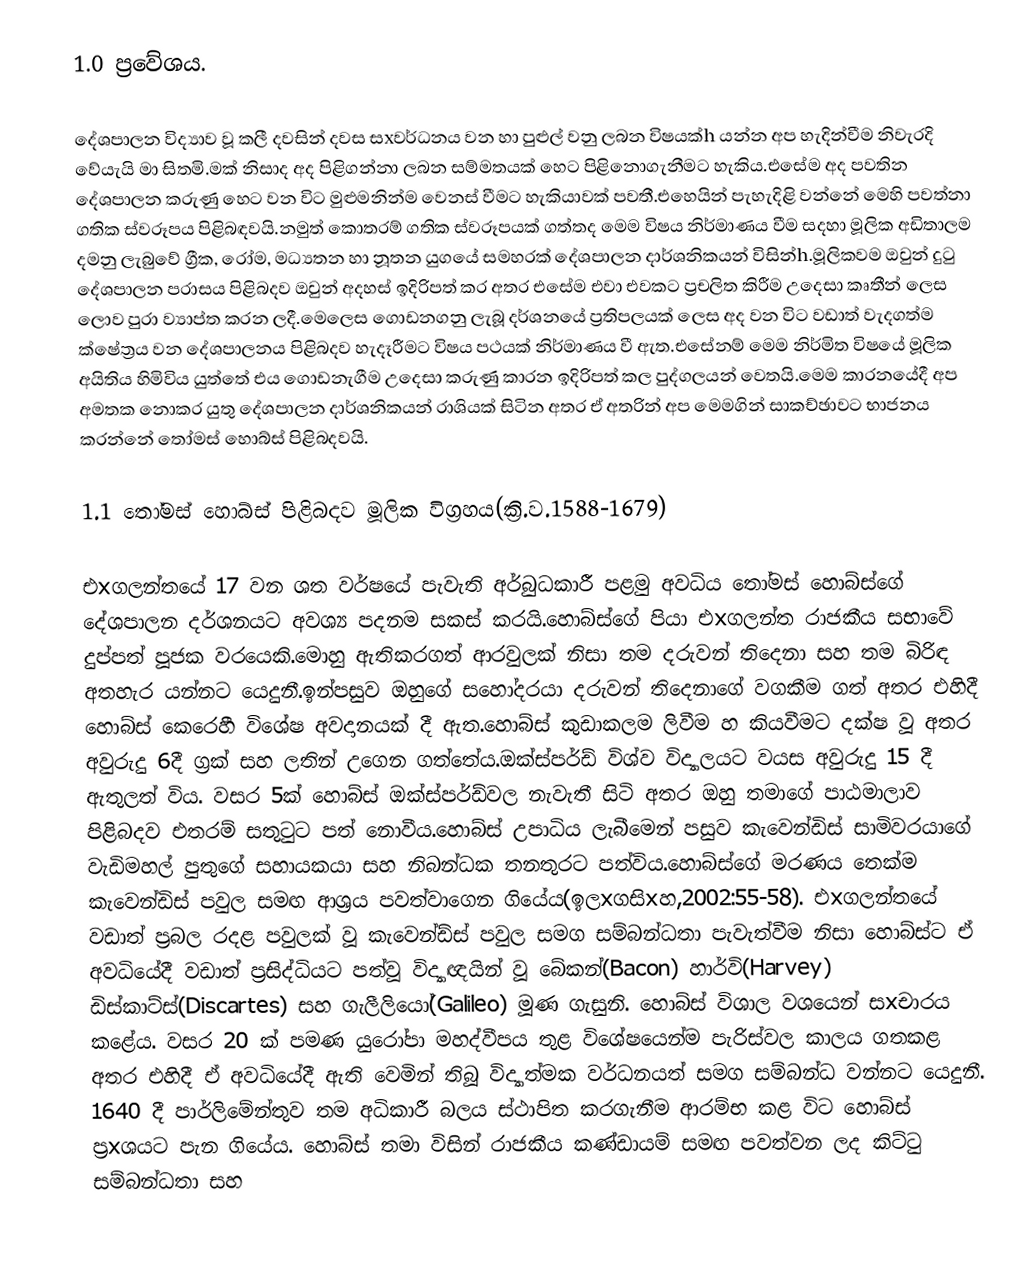
1.0 ප්‍රවේශය.

           දේශපාලන විද්‍යාව වූ කලී දවසින් දවස සxවර්ධනය වන හා පුළුල් වනු ලබන විෂයක්‍h යන්න අප හැදින්වීම නිවැරදි වේයැයි මා සිතමි.මක් නිසාද අද පිළිගන්නා ලබන සම්මතයක් හෙට පිළිනොගැනීමට හැකිය.එසේම අද පවතින දේශපාලන කරුණු හෙට වන විට මුළුමනින්ම වෙනස් වීමට හැකියාවක් පවතී.එහෙයින් පැහැදිළි වන්නේ මෙහි පවත්නා ගතික ස්වරූපය පිළිබඳවයි.නමුත් කොතරම් ගතික ස්වරූපයක් ගත්තද මෙම විෂය නිර්මාණය වීම සදහා මූලික අඩිතාලම දමනු ලැබුවේ ග්‍රීක, රෝම, මධ්‍යතන හා නූතන යුගයේ සමහරක් දේශපාලන දාර්ශනිකයන් විසින්‍h.මූලිකවම ඔවුන් දුටු දේශපාලන පරාසය පිළිබදව ඔවුන් අදහස් ඉදිරිපත් කර අතර එසේම එවා එවකට ප්‍රචලිත කිරීම උදෙසා කෘතීන් ලෙස ලොව පුරා ව්‍යාප්ත කරන ලදී.මෙලෙස ගොඩනගනු ලැබූ දර්ශනයේ ප්‍රතිපලයක් ලෙස අද වන විට වඩාත් වැදගත්ම ක්ෂේත්‍රය වන දේශපාලනය පිළිබදව හැදෑරීමට විෂය පථයක් නිර්මාණය වී ඇත.එසේනම් මෙම නිර්මිත විෂයේ මූලික අයිතිය හිමිවිය යුත්තේ එය ගොඩනැගීම උදෙසා කරුණු කාරන ඉදිරිපත් කල පුද්ගලයන් වෙතයි.මෙම කාරනයේදී අප අමතක නොකර යුතු දේශපාලන දාර්ශනිකයන් රාශියක් සිටින අතර ඒ අතරින් අප මෙමගින් සාකච්ඡාවට භාජනය කරන්නේ තෝමස් හොබ්ස් පිළිබදවයි.

1.1 තෝමස් හොබ්ස් පිළිබදව මූලික විග්‍රහය(ක්‍රි.ව.1588-1679)

           එxගලන්තයේ 17 වන ශත වර්ෂයේ පැවැති අර්බුධකාරී පළමු අවධිය තෝමස් හොබ්ස්ගේ දේශපාලන දර්ශනයට අවශ්‍ය පදනම සකස් කරයි.හොබ්ස්ගේ පියා එxගලන්ත රාජකීය සභාවේ දුප්පත් පූජක වරයෙකි.මොහු ඇතිකරගත් ආරවුලක් නිසා තම දරුවන් තිදෙනා සහ තම බිරිඳ අතහැර යන්නට යෙදුනී.ඉන්පසුව ඔහුගේ සහෝදරයා දරුවන් තිදෙනාගේ වගකීම ගත් අතර එහිදී හොබ්ස් කෙරෙහී විශේෂ අවදානයක් දී ඇත.හොබ්ස් කුඩාකලම ලිවීම හ කියවීමට දක්ෂ වූ අතර අවුරුදු 6දී ග්‍රක් සහ ලතින් උගෙන ගත්තේය.ඔක්ස්පර්ඩ් විශ්ව විද්‍යාලයට වයස අවුරුදු 15 දී ඇතුලත් විය. වසර 5ක් හොබ්ස් ඔක්ස්පර්ඩ්වල නැවැතී සිටි අතර ඔහු තමාගේ පාඨමාලාව පිළිබදව එතරම් සතුටුට පත් නොවීය.හොබ්ස් උපාධිය ලැබීමෙන් පසුව කැවෙන්ඩිස් සාමිවරයාගේ වැඩිමහල් පුතුගේ සහායකයා සහ නිබන්ධක තනතුරට පත්විය.හොබ්ස්ගේ මරණය තෙක්ම කැවෙන්ඩිස් පවුල සමඟ ආශ්‍රය පවත්වාගෙන ගියේය(ඉලxගසිxහ,2002:55-58). එxගලන්තයේ වඩාත් ප්‍රබල රදළ පවුලක් වූ කැවෙන්ඩ්ස් පවුල සමග සම්බන්ධතා පැවැත්වීම නිසා හොබ්ස්ට ඒ අවධියේදී වඩාත් ප්‍රසිද්ධියට පත්වූ විද්‍යාඥයින් වූ බේකන්(Bacon) හාර්වි(Harvey) ඩිස්කාට්ස්(Discartes) සහ ගැලීලියෝ(Galileo) මූණ ගැසුනි. හොබ්ස් විශාල වශයෙන් සxචාරය කළේය. වසර 20 ක් පමණ යුරෝපා මහද්වීපය තුළ විශේෂයෙන්ම පැරිස්වල කාලය ගතකළ අතර එහිදී ඒ අවධියේදී ඇති වෙමින් තිබූ විද්‍යාත්මක වර්ධනයත් සමග සම්බන්ධ වන්නට යෙදුනී. 1640 දී පාර්ලිමේන්තුව තම අධිකාරී බලය ස්ථාපිත කරගැනීම ආරම්භ කළ විට හොබ්ස් ප්‍රxශයට පැන ගියේය. හොබ්ස් තමා විසින් රාජකීය කණ්ඩායම් සමඟ පවත්වන ලද කිට්ටු සම්බන්ධතා සහ